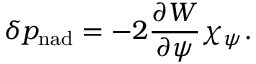
\delta p _ { \mathrm { n a d } } = - 2 \frac { \partial W } { \partial \psi } \chi _ { \psi } .